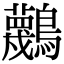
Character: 𪇴